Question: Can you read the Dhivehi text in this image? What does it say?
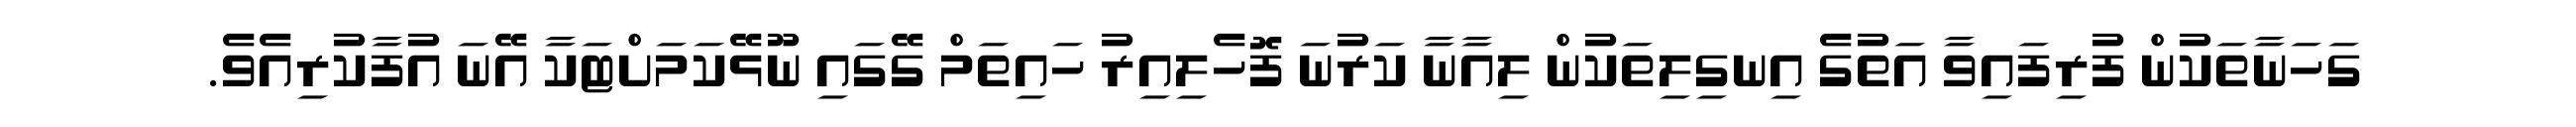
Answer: ގަހަނާތަކުން ފުރިފައިވާ އަތުގެ އިނގިލިތަކުން ލިއާނާ ކަރުނަ ފޮހެލިއިރު ހައިތަމް ގޭގައި ނޫޅޭކަމަށްޓަކާ އޭނަ އުފާކުރިއެވެ.